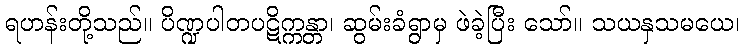
ရဟန်းတို့သည်။ ပိဏ္ဍပါတပဋိက္ကန္တာ၊ ဆွမ်းခံရွာမှ ဖဲခဲ့ပြီး သော်။ သယနှသမယေ၊